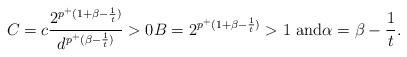
LaTeX: \begin{align*}C= c \frac{2^{p^+(1+\beta-\frac{1}{t})}}{d^{p^+(\beta-\frac{1}{t})}} > 0 B &= 2^{p^+(1+\beta-\frac{1}{t})} > 1 \textrm{ and} \alpha = \beta - \frac{1}{t}.\end{align*}